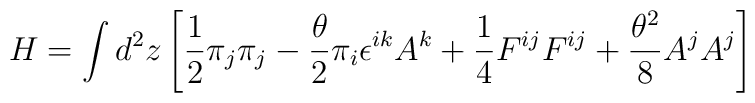
H = \int d^2z \left[ \frac{1}{2}\pi_j\pi_j-\frac{\theta}{2}\pi_i\epsilon ^{ik}A^k+\frac{1}{4}F^{ij}F^{ij}+\frac{\theta ^2}{8}A^jA^j \right]